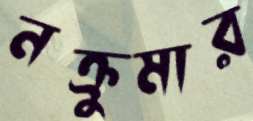
নক্রুমার